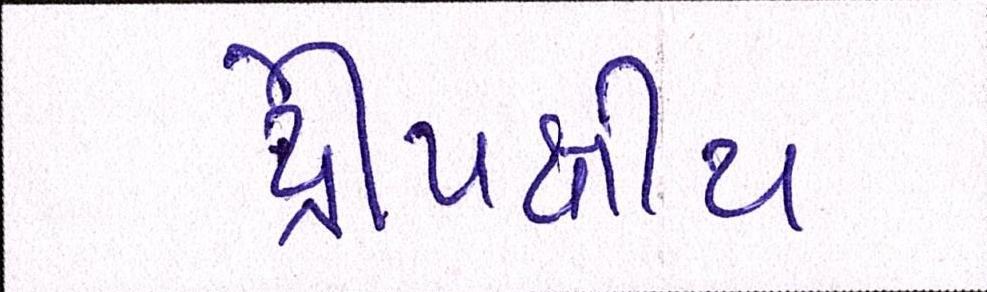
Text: દ્વિપક્ષીય